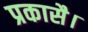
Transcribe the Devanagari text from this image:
प्रकासै।